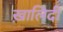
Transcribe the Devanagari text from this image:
ख़ालिदी